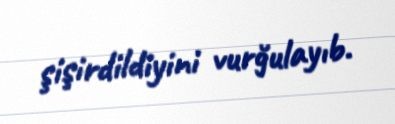
şişirdildiyini vurğulayıb.